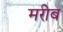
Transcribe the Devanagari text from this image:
मरीब